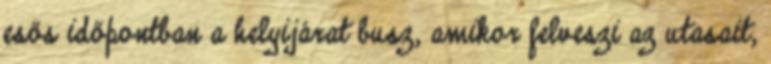
esős időpontban a helyijárat busz, amikor felveszi az utasait,